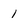
Character: l